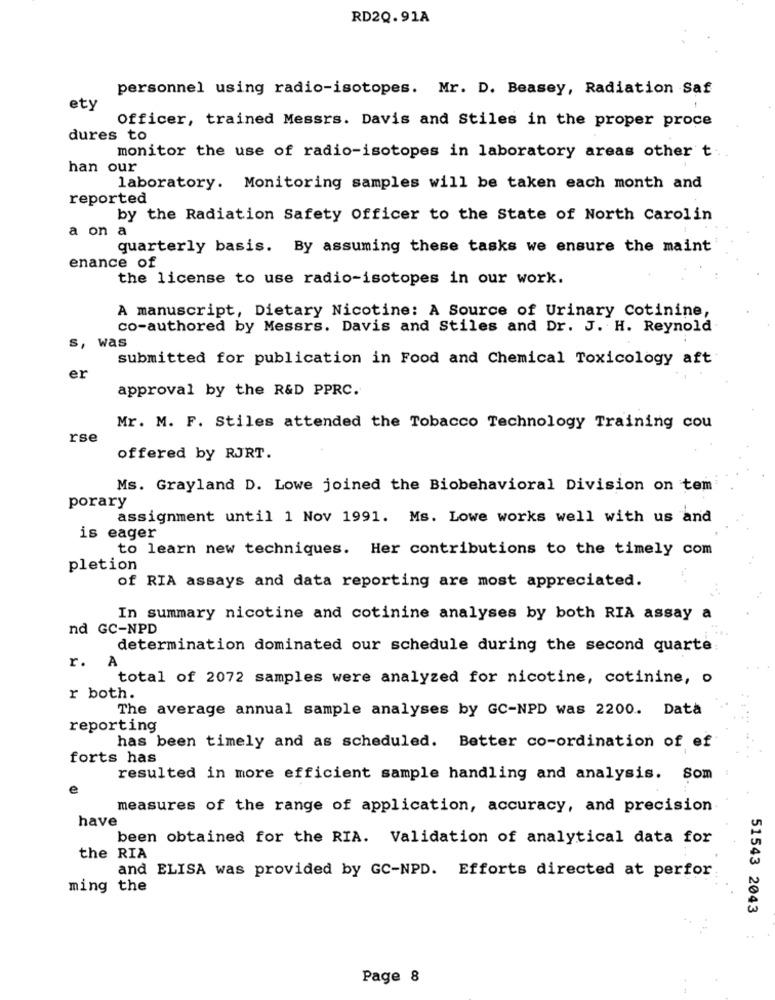
RD2Q.91A
personnel using radio-isotopes. Mr. D. Beasey, Radiation Saf
ety
Officer, trained Messrs. Davis and Stiles in the proper proce
dures to
monitor the use of radio-isotopes in laboratory areas other t.
han our
laboratory. Monitoring samples will be taken each month and
reported
by the Radiation Safety Officer to the State of North Carolin
a on a
quarterly basis. By assuming these tasks we ensure the maint
enance of
the license to use radio-isotopes in our work.
A manuscript, Dietary Nicotine: A Source of Urinary Cotinine,
co-authored by Messrs. Davis and Stiles and Dr. J. H. Reynold
s, was
submitted for publication in Food and Chemical Toxicology aft
er
approval by the R&D PPRC.
Mr. M. F. Stiles attended the Tobacco Technology Training cou
rse
offered by RJRT.
Ms. Grayland D. Lowe joined the Biobehavioral Division on tem
porary
assignment until 1 Nov 1991. Ms. Lowe works well with us and
is eager
to learn new techniques. Her contributions to the timely com
pletion
of RIA assays and data reporting are most appreciated.
In summary nicotine and cotinine analyses by both RIA assay a
nd GC-NPD
determination dominated our schedule during the second quarte
r.
A
total of 2072 samples were analyzed for nicotine, cotinine, o
r both.
The average annual sample analyses by GC-NPD was 2200. Data
reporting
has been timely and as scheduled. Better co-ordination of ef
forts has
resulted in more efficient sample handling and analysis. Som
e
measures of the range of application, accuracy, and precision
have
been obtained for the RIA. Validation of analytical data for
the RIA
and ELISA was provided by GC-NPD. Efforts directed at perfor
ming the
51543 2043
Page 8